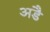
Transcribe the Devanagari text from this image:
अडै